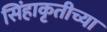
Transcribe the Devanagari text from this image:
सिंहाकृतीच्या